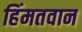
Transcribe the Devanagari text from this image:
हिंमतवान